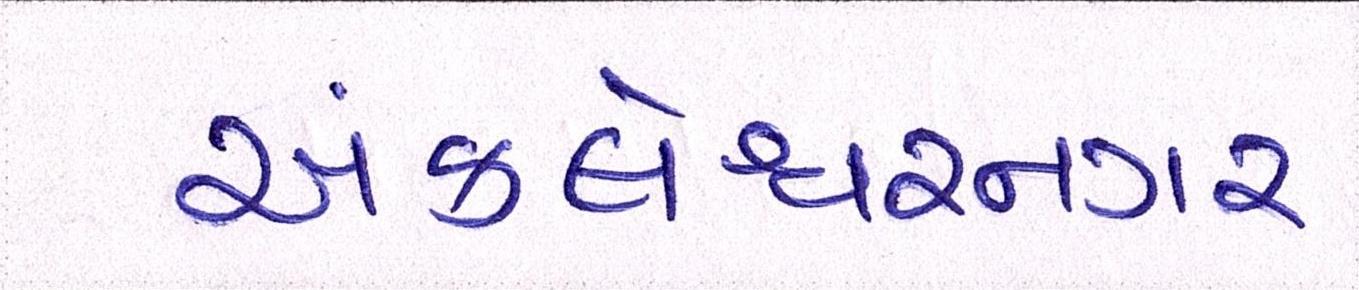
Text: અંકલેશ્વરનગર